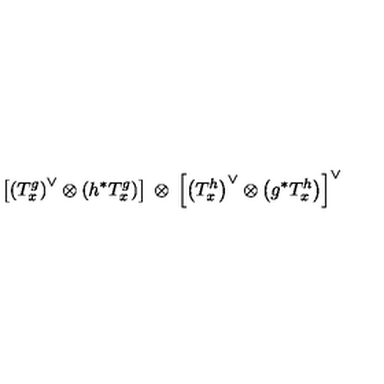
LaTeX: \left[ \left( T _ { x } ^ { g } \right) ^ { \vee } \otimes \left( h ^ { * } T _ { x } ^ { g } \right) \right] \: \otimes \: \left[ \left( T _ { x } ^ { h } \right) ^ { \vee } \otimes \left( g ^ { * } T _ { x } ^ { h } \right) \right] ^ { \vee }